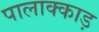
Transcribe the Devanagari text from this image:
पालाक्काड़